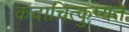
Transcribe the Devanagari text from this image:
कदाचित्कुप्यते